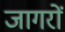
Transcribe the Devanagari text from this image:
जागरों